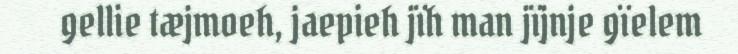
gellie tæjmoeh, jaepieh jïh man jïjnje gïelem